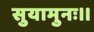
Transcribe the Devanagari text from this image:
सुयामुनः।।